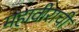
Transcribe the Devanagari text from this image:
महावीराची